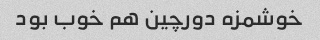
خوشمزه دورچین هم خوب بود